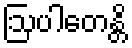
ဩပါတေန္တိ